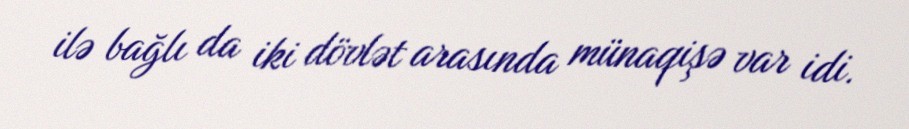
ilə bağlı da iki dövlət arasında münaqişə var idi.